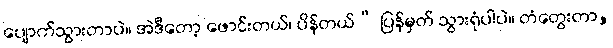
ပျောက်သွားတာပဲ။ အဲဒီတော့ ဖောင်းတယ်၊ ပိန်တယ်” ပြန်မှတ် သွားရုံပါပဲ။ တံတွေးတာ,